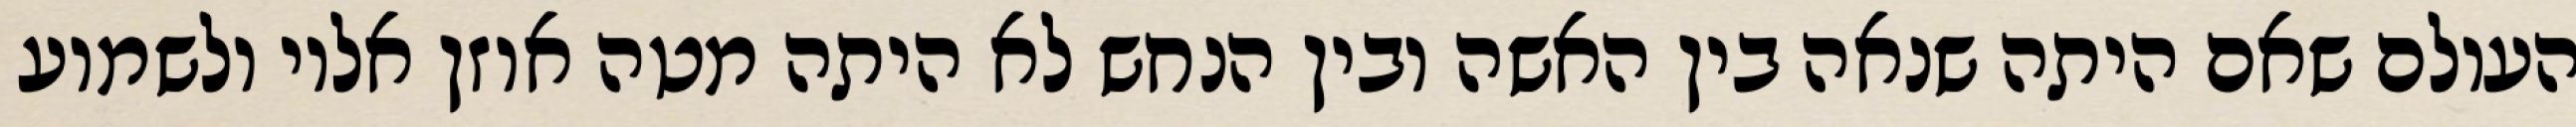
העולם שאם היתה שנאה בין האשה ובין הנחש לא היתה מטה אוזן אליו ולשמוע